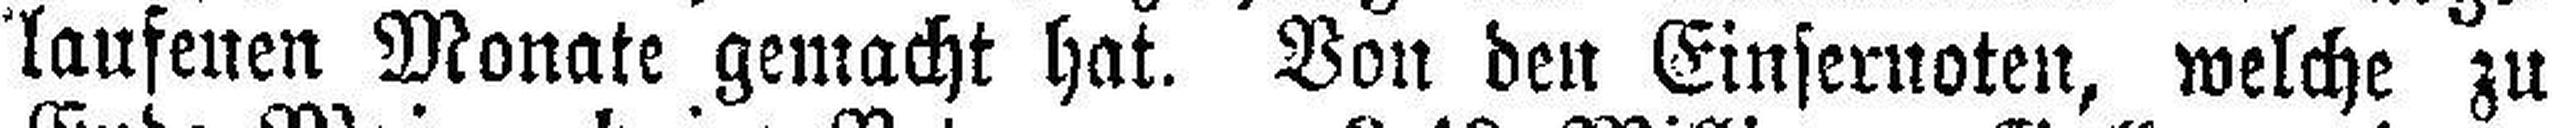
laufenen Monate gemacht hat. Von den Einsernoten, welche zu